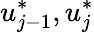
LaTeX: u_{j-1}^{*},u_{j}^{*}